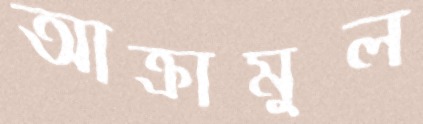
আক্রামুল